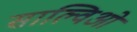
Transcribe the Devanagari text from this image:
साल्विओ